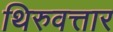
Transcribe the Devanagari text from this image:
थिरुवत्तार